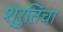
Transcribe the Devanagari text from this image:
श्रुतिंचा